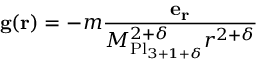
\mathbf { g } ( \mathbf { r } ) = - m { \frac { \mathbf { e _ { r } } } { M _ { \mathrm { P l } _ { 3 + 1 + \delta } } ^ { 2 + \delta } r ^ { 2 + \delta } } }